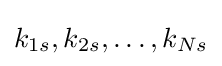
k_{1s},k_{2s},\dots ,k_{Ns}